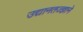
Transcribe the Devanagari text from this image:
उद्यानतज्ज्ञाने